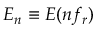
{ \cal E } _ { n } \equiv { \cal E } ( n f _ { r } )